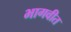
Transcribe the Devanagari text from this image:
भागवीत